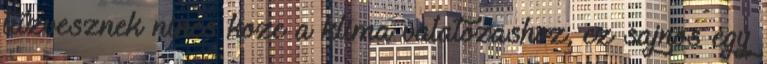
tuzvesznek nincs koze a klima valatozashoz, ez sajnos egy